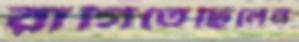
রাগিতেছিলেন